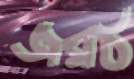
জরঠ